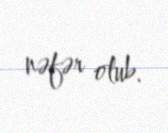
nəfər olub.